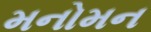
મનોમન